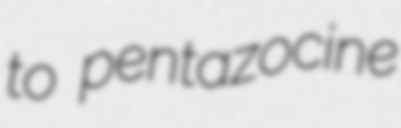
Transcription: to pentazocine